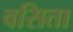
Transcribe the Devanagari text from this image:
वसिता